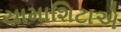
યામાશિટાએ